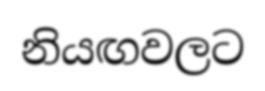
නියඟවලට